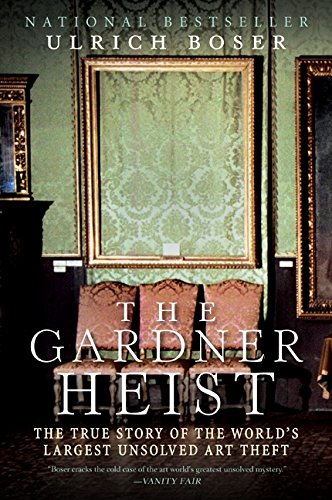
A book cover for The Gardner Heist: The True Story of the World's Largest Unsolved Art Theft; Ulrich Boser; Arts & Photography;